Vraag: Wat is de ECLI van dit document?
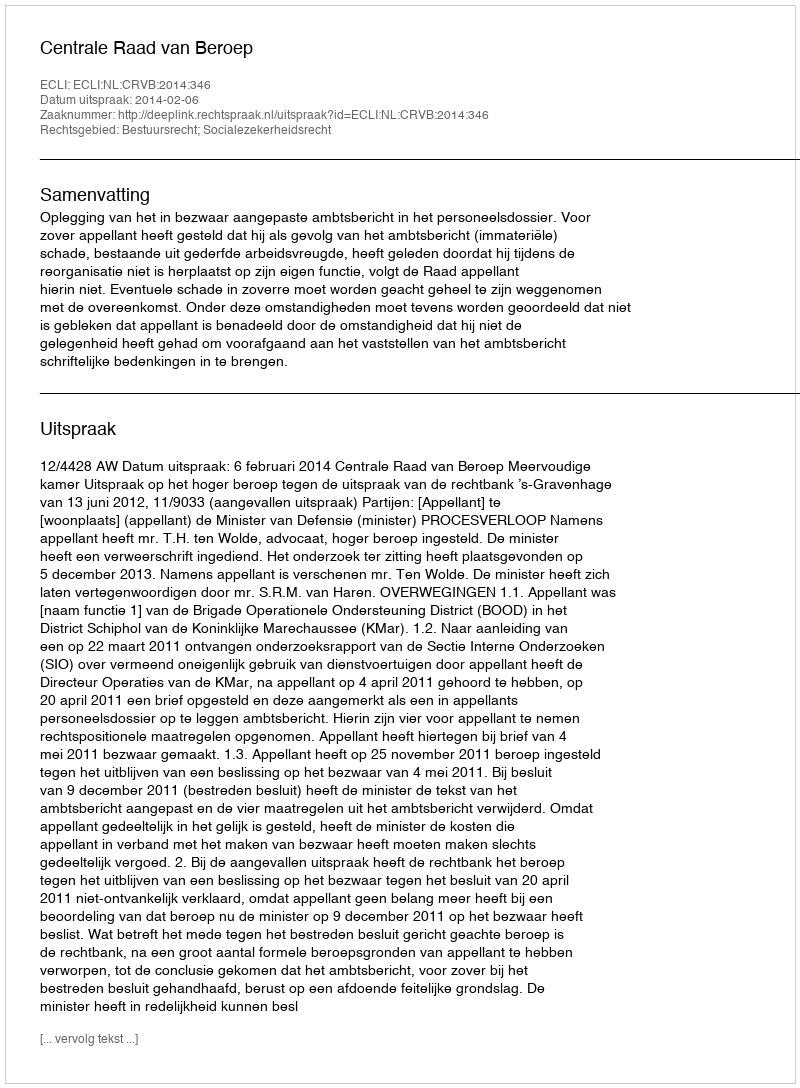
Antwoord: ECLI:NL:CRVB:2014:346